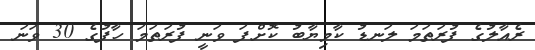
ރެއާލުގެ ފުރަތަމަ ލަނޑު ކާމިޔާބު ކޮށްފަ ވަނީ ފުރަތަމަ ހާފުގެ 30 ވަނަ